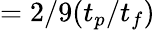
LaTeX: =2/9(t_{p}/t_{f})